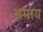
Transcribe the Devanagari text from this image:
अमाय